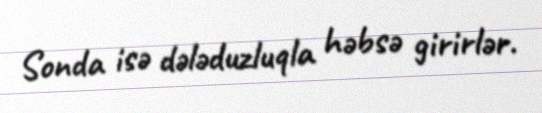
Sonda isə dələduzluqla həbsə girirlər.